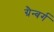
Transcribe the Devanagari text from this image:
ग्रैन्बर्ग